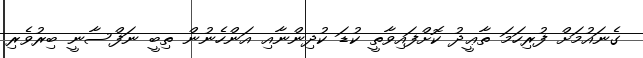
ގެނައުމަށް ފުރިހަމަ ތާޢީދު ކޮށްފައިވާތީ ކުޑަ ކުދިންނާއި އަންހެނުން ތިބީ ނަފްސާނީ ބިރުވެރި